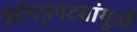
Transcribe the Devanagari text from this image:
झोपड्पट्यांमुळे